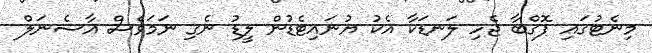
މިނެޓުގައި ޕޮގްބާ ޖެހި ލަނޑަކާ އެކު ޔުނައިޓެޑުން ލީޑު ނެގި ނަމަވެސް އާސެނަލް